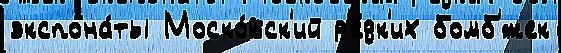
экспона́ты Моско́вск'ий р'е́дк'их бомб'́жек